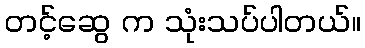
တင့်ဆွေ က သုံးသပ်ပါတယ်။